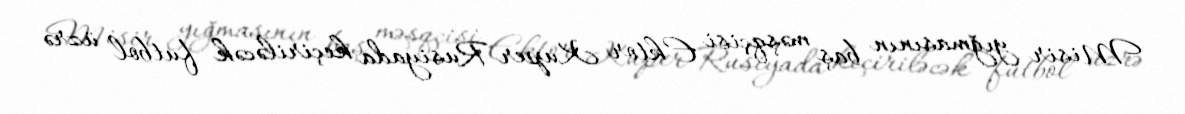
Misir yığmasının baş məşqçisi Ektor Kuper Rusiyada keçiriləcək futbol üzrə